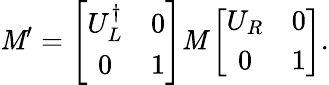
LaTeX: \mathit{M}^{\prime}=\left[\begin{array}{cc}{{U_{L}^{\dagger}}}&{{0}}\\ {{0}}&{{1}}\end{array}\right]\mathit{M}\left[\begin{array}{cc}{{U_{R}}}&{{0}}\\ {{0}}&{{1}}\end{array}\right].